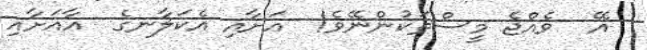
އޭ  ވެއްޖެ މީސްތަކުންނޭވެ!  އަށާއި އެކަލާނގެ  އާއަށާއި